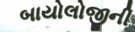
બાયોલોજીની